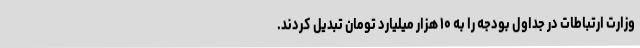
وزارت ارتباطات در جداول بودجه را به ۱۰ هزار میلیارد تومان تبدیل کردند.